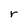
Character: r